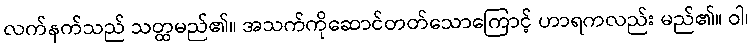
လက်နက်သည် သတ္ထမည်၏။ အသက်ကိုဆောင်တတ်သောကြောင့် ဟာရကလည်း မည်၏။ ဝါ၊